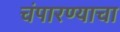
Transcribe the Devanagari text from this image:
चंपारण्याचा